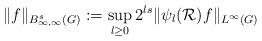
LaTeX: \begin{align*}\Vert f \Vert_{B^s_{\infty,\infty}(G)}:=\sup_{l\geq 0}2^{ls}\Vert \psi_l(\mathcal{R})f \Vert_{L^\infty(G)}\end{align*}